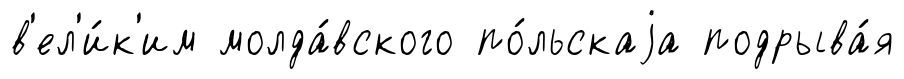
в'ел'и́к'им молда́вского по́льскаjа подрыва́я